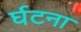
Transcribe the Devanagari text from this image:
र्घटना